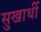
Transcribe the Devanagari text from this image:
सुखार्थी